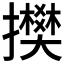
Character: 𢸅